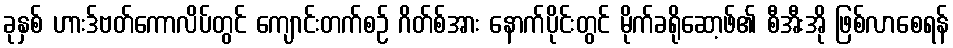
ခုနှစ် ဟားဒ်ဗတ်ကောလိပ်တွင် ကျောင်းတက်စဉ် ဂိတ်စ်အား နောက်ပိုင်းတွင် မိုက်ခရိုဆော့ဖ်၏ စီအီးအို ဖြစ်လာစေရန်